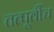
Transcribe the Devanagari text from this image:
तत्पूर्वीच